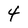
Character: 4